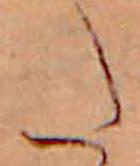
た